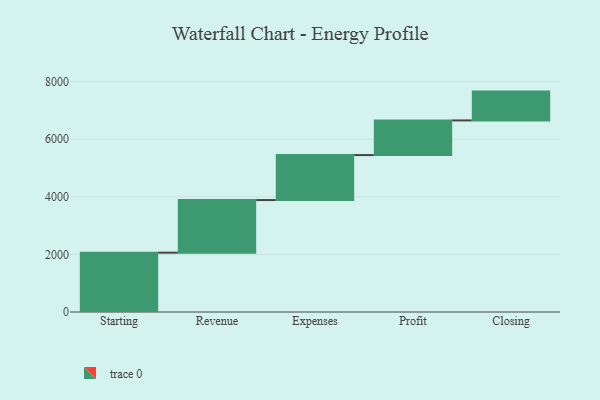
{"axis": {"x": "Step", "y": "Value"}, "legend": [""], "data": [{"x": "Starting", "y": 2060.0, "type": ""}, {"x": "Revenue", "y": 1827.0, "type": ""}, {"x": "Expenses", "y": 1562.0, "type": ""}, {"x": "Profit", "y": 1204.0, "type": ""}, {"x": "Closing", "y": 1001.0, "type": ""}]}